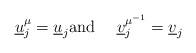
LaTeX: \begin{align*} \underline{u}_j^{\mu} = \underline{u}_j \mbox{and \quad} \underline{v}_j^{\mu^{-1}} = \underline{v}_j \end{align*}